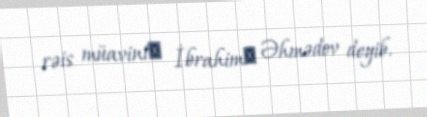
rəis müavini​ İbrahim​ Əhmədov deyib.